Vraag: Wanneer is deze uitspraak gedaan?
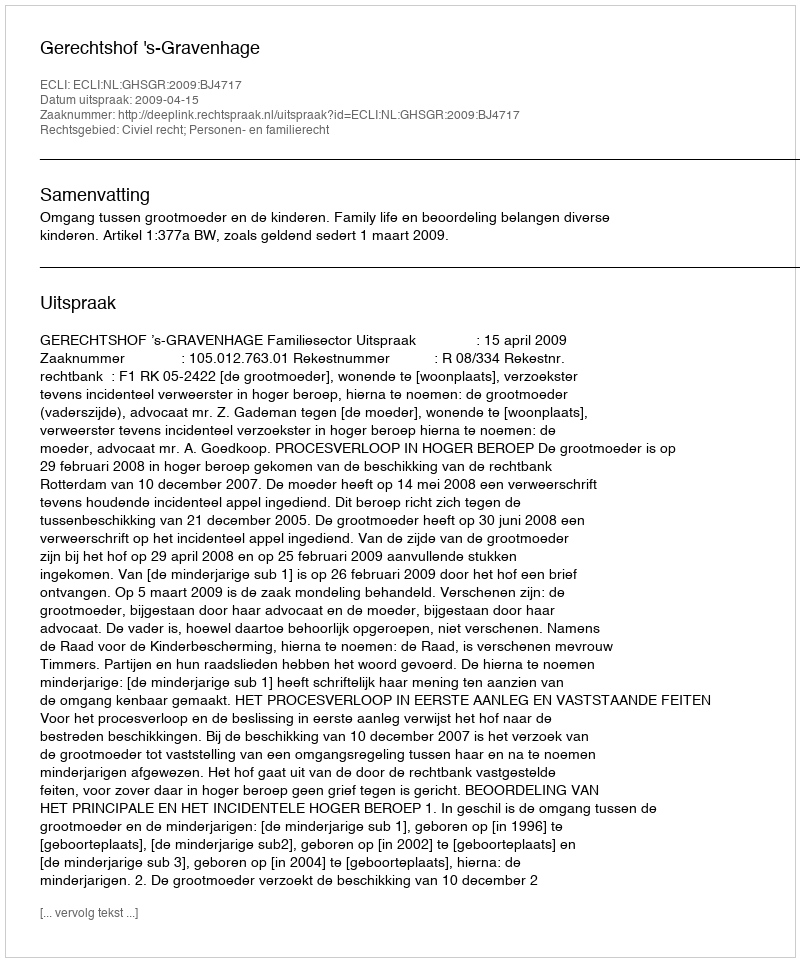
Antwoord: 2009-04-15